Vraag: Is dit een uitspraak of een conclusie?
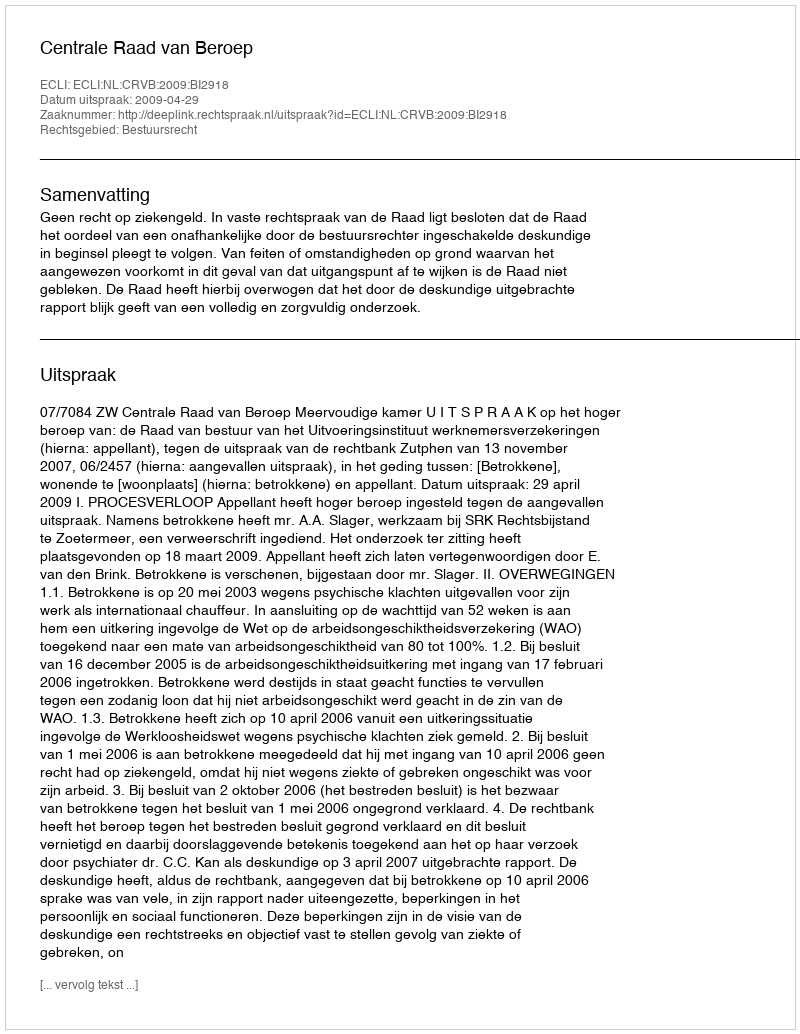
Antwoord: Uitspraak